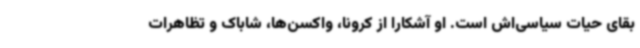
بقای حیات سیاسی‌اش است. او آشکارا از کرونا، واکسن‌ها، شاباک و تظاهرات